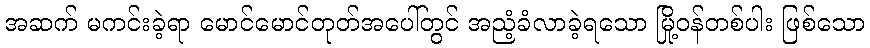
အဆက် မကင်းခဲ့ရာ မောင်မောင်တုတ်အပေါ်တွင် အညံ့ခံလာခဲ့ရသော မြို့ဝန်တစ်ပါး ဖြစ်သော